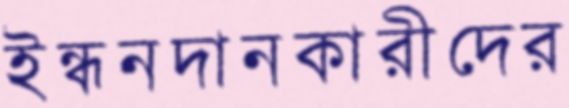
ইন্ধনদানকারীদের